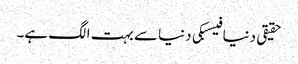
حقیقی دنیا فیسبکی دنیا سے بہت الگ ہے۔